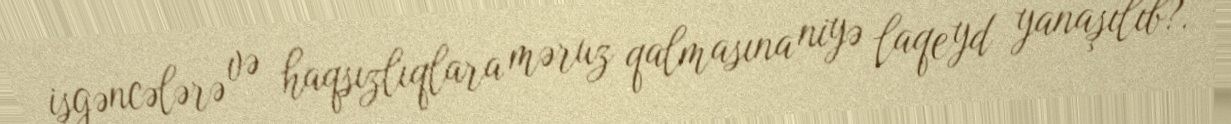
işgəncələrə və haqsızlıqlara məruz qalmasına niyə laqeyd yanaşılıb?.